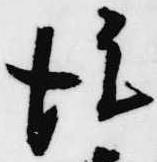
後